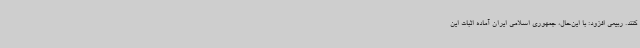
کنند. ربیعی افزود: با این‌حال، جمهوری اسلامی ایران آماده اثبات این